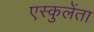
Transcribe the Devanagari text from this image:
एस्कुलेंता